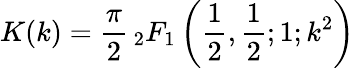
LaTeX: K(k)={\frac{\pi}{2}}\, _{2}F_{1}\left({\frac{1}{2}},{\frac{1}{2}};1;k^{2}\right)